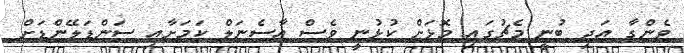
ވެންގާ އަދި ބުނީ މެޗުގައި މޮޅަށް ކުޅުނީ ވެސް އާސެނަލް ކަމަށާއި ސަންޑަލޭންޑަށް